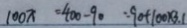
1 0 0 x = 4 0 0 - 9 0 = 9 0 + 1 0 0 \times 3 . 1